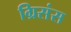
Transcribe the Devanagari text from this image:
ग्रिसंस